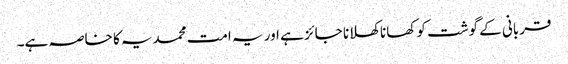
قربانی کے گوشت کو کھانا کھلانا جائز ہے اور یہ امت محمدیہ کا خاصہ ہے۔